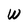
Character: W